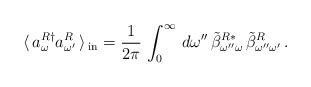
\begin{align*}\langle\, a_{\omega}^{R \dag}a_{\omega'}^{R}\, \rangle \,_{\rm{in}} = \frac{1}{2\pi}\,\int_{0}^{\infty}\,d\omega''\,\tilde{\beta}_{\omega''\omega}^{R *}\,\tilde{\beta}_{\omega''\omega'}^{R} \,.\end{align*}